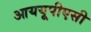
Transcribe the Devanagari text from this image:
आययूपीएसी